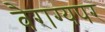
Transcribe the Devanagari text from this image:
वैराग्यपर